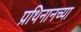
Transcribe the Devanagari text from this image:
प्रथिनानच्या